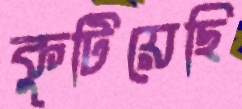
কুটিয়েছি